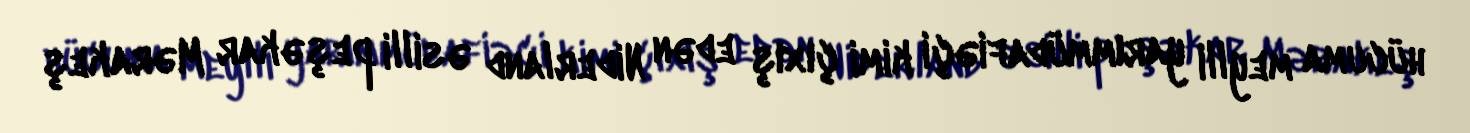
hücuma meylli yarımmüdafiəçi kimi çıxış edən Niderland əsilli peşəkar Mərakeş